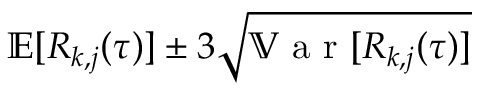
\mathbb { E } [ R _ { k , j } ( \tau ) ] \pm 3 \sqrt { \mathbb { V } \textrm { a r } [ R _ { k , j } ( \tau ) ] }